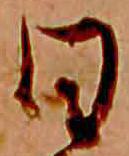
日